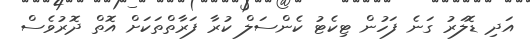
އަދި ޑޮލަރު ގަނެ ފަހުން ޓިކެޓު ކެންސަލް ކުރާ ފަރާތްތަކަށް އޮތް ދޮރުވެސް